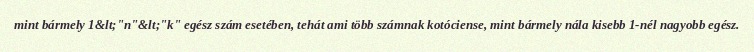
mint bármely 1&lt;"n"&lt;"k" egész szám esetében, tehát ami több számnak kotóciense, mint bármely nála kisebb 1-nél nagyobb egész.